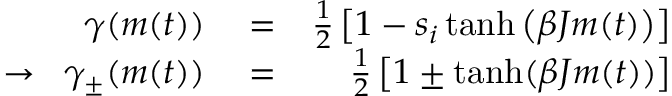
\begin{array} { r l r } { \gamma ( m ( t ) ) } & { { } = } & { \frac { 1 } { 2 } \left[ 1 - s _ { i } \operatorname { t a n h } \left( \beta J m ( t ) \right) \right] } \\ { \rightarrow \; \; \gamma _ { \pm } ( m ( t ) ) } & { { } = } & { \frac { 1 } { 2 } \left[ 1 \pm \operatorname { t a n h } ( \beta J m ( t ) ) \right] } \end{array}